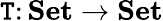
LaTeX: \mathtt{T}\colon\mathbf{{Set}}\to\mathbf{{Set}}